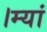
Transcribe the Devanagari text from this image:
।म्यां